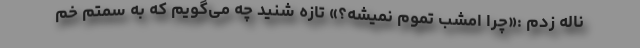
ناله زدم :«چرا امشب تموم نمیشه؟» تازه شنید چه می‌گویم که به سمتم خم